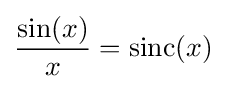
{\frac {\sin(x)}{x}}=\operatorname {sinc} (x)